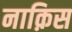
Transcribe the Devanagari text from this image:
नाक़िस